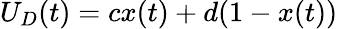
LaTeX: U_{D}(t)=cx(t)+d(1-x(t))